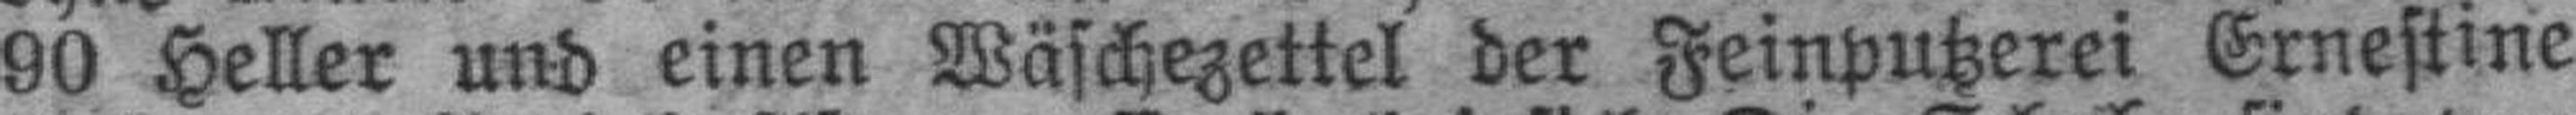
90 Heller und einen Wäschezettel der Feinputzerei Ernestine